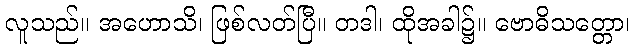
လူသည်။ အဟောသိ၊ ဖြစ်လတ်ပြီ။ တဒါ၊ ထိုအခါ၌။ ဗောဓိသတ္တော၊